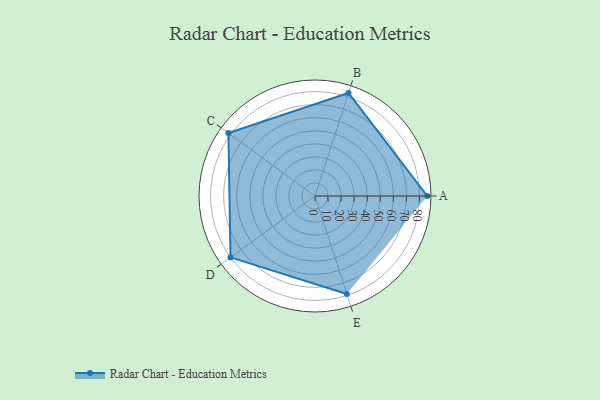
{"axis": {"x": "Skill", "y": "Score"}, "legend": ["Profile"], "data": [{"x": "A", "y": 86.0, "type": "Profile"}, {"x": "B", "y": 83.0, "type": "Profile"}, {"x": "C", "y": 82.0, "type": "Profile"}, {"x": "D", "y": 80.0, "type": "Profile"}, {"x": "E", "y": 79.0, "type": "Profile"}]}